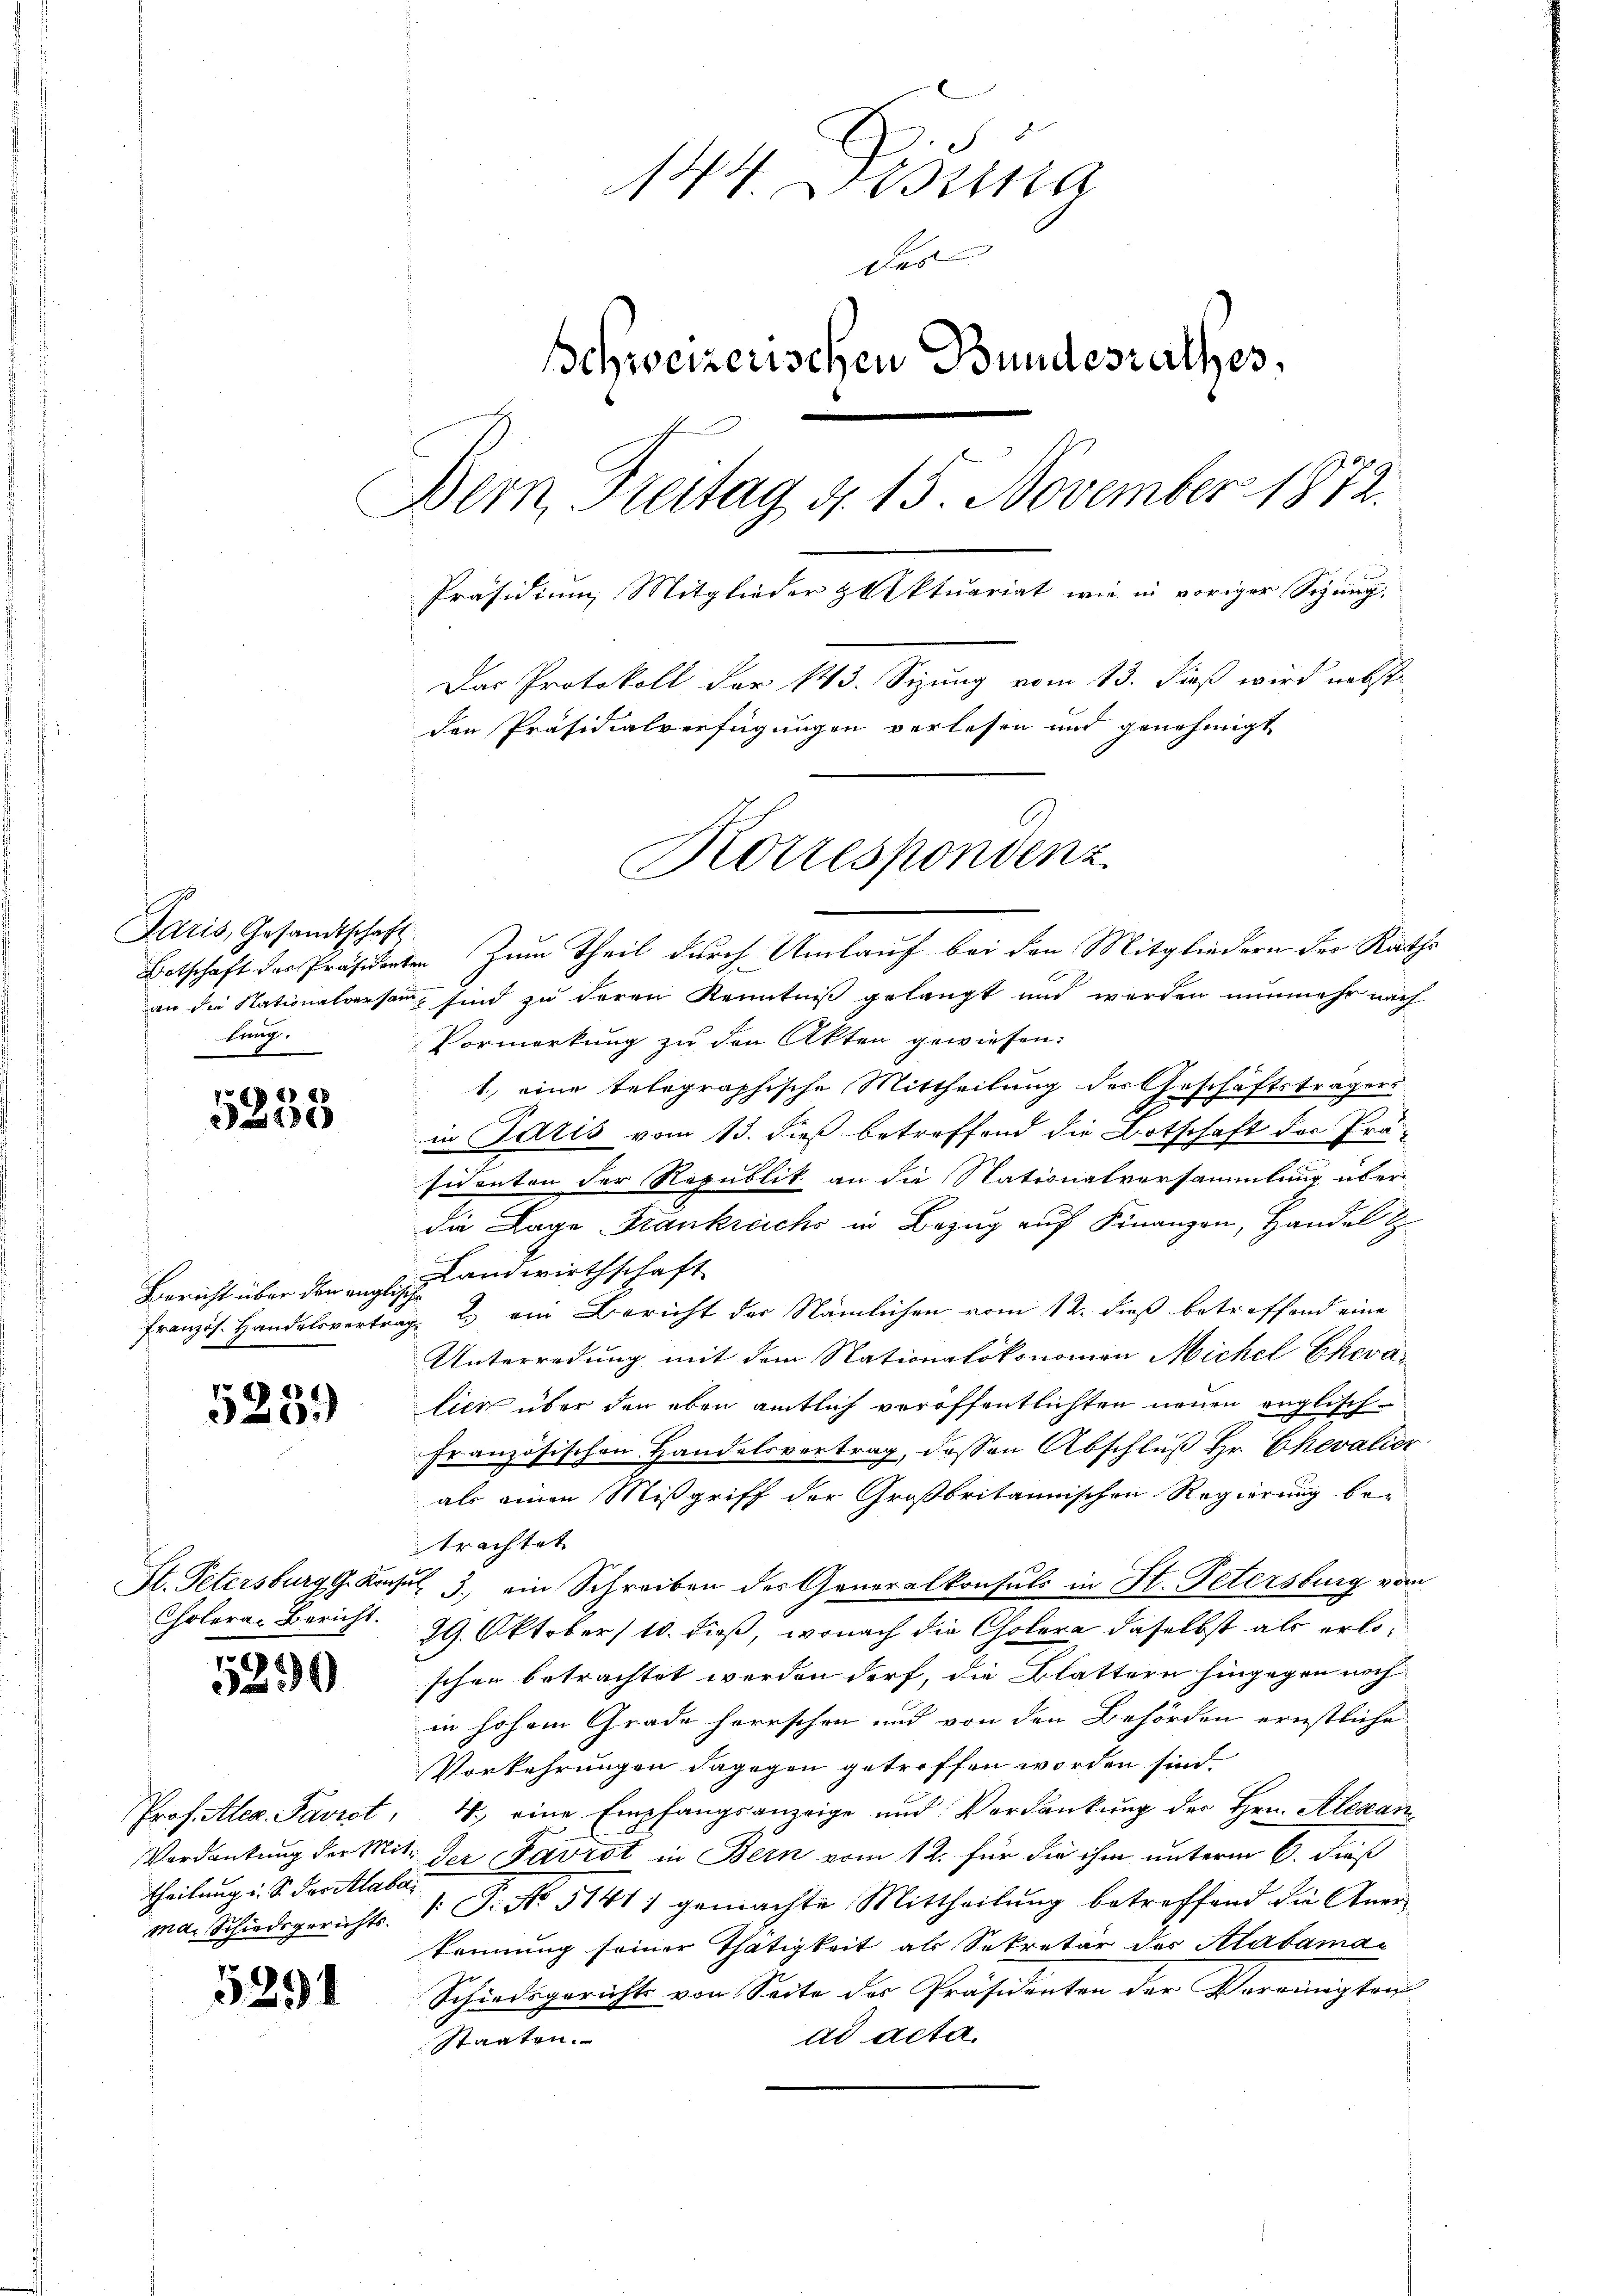
Paris, Gesandtschaft
tung.

5233

Bericht über den anglische

523.)

Cholera. Bericht.

5299

Prof. Alex Favrst.
theilung i. S. das Alaba
ma. Schiedsgerichts.

5291

144. Disena
des
schweizerischen Bundesrathes,
Bern, Freitag 4. 15. November 1872.
Präsidium Mitglieder Aktuariat wie in voriger Sitzung,
Das Protokoll der 143. Sitzung vom 13. Dieß wird nebst
den Präsidialverfügungen verlesen und genehmigt
Korrespondenz

Botschaft der Präsidenten Zum Theil durch Umlauf bei den Mitgliedern der Raths
c
an die Stationalversam, sind zu deren Kenntniß gelangt und werden nunmehr nach
Vormerkung zu den Akten gewiesen.
1. eine telegraphische Mittheilung der Anschäftsträgers
1
in Satis vom 13. dieß betreffend die Botschaft der Präsidenten der Republik an die Nationalversammlung über
die Lage Frankreichs in Bezug auf Finanzen, Handel t
Landwirthschaft
Französ. Handelsvertrag. 2. ein Bericht der Nämlichen vom 12. dieß betreffend eine
Unterredung mit dem Stationalökonomen Michel Chevalick über den eben amtlich veröffentlichten neuen englischfranzösischen Handelsvertrag, dessen Abschluß Hr. Chevalier
als einen Mißgriff der Großbritannischen Regierung be-
trachtet
H. Petersburg Konsul 3., ein Schreiben der Generalkonsuls in St. Petersburg vom
29. Oktober 10. dieß, wonach die Cholera daselbst als erloschen betrachtet werden darf, die Blattern hingegen noch
in hohem Grade herrschen und von den Behörden ernstliche
Vorkehrungen dagegen getroffen worden sind.
4. eine Empfangsanzeige und Verdankung der Hrn. Alexan¬
Verdankung der Mit der Favrot in Bern vom 12. für die ihm unterm 6. dieß
/: J. No 5141) gemachte Mittheilung betreffend die Anerkennung seiner Thätigkeit als Sekretär des Alabamai
Schiedsgerichts von Seite der Präsidenten der Vereinigten
ad acta.
Staaten.